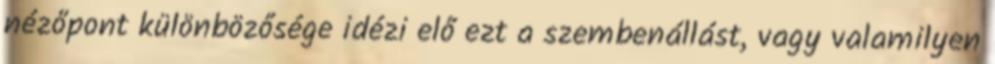
nézőpont különbözősége idézi elő ezt a szembenállást, vagy valamilyen